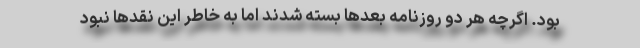
بود. اگرچه هر دو روزنامه بعدها بسته شدند اما به خاطر این نقدها نبود